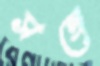
সঙ্গে